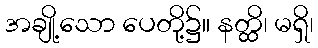
အချို့သော ပေတို့၌။ နတ္ထိ၊ မရှိ၊